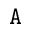
\mathtt { A }